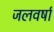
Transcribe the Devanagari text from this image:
जलवर्षा